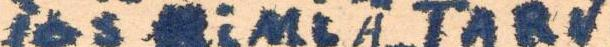
Jos NiMiÄ TARV